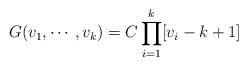
LaTeX: \begin{align*}G(v_1,\cdots,v_k)=C\prod_{i=1}^k[v_i-k+1]\end{align*}